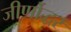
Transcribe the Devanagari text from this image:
जीर्णोद्धर